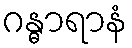
ဂန္ဓာရာနံ